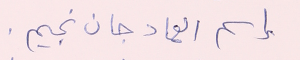
إسم العماد جان نجيم.